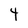
Character: 4